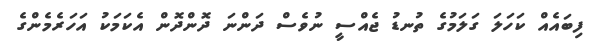
ފިބައެއް ކަހަލަ ގަލަމުގެ ތުނޑު ޖެއްސީ ނުވެސް ދަންނަ ދޮންދޮން އެކަމަކު އަހަރެމެންގެ